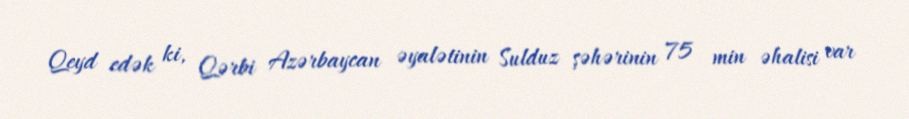
Qeyd edək ki, Qərbi Azərbaycan əyalətinin Sulduz şəhərinin 75 min əhalisi var